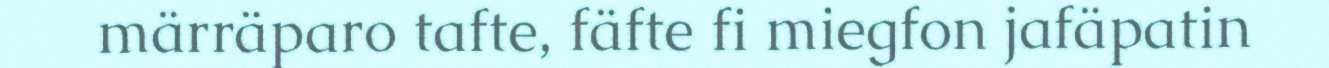
märräparo tafte, fäfte fi miegfon jafäpatin